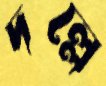
দল্লে